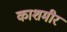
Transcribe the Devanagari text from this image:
काशमीर